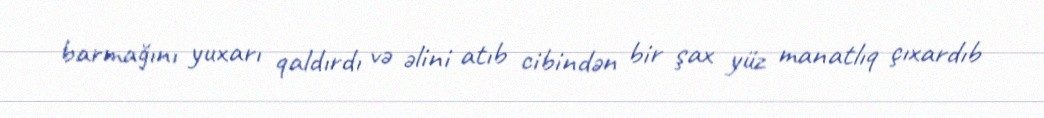
barmağını yuxarı qaldırdı və əlini atıb cibindən bir şax yüz manatlıq çıxardıb